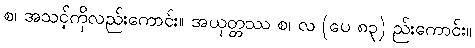
စ၊ အသင့်ကိုလည်းကောင်း။ အယုတ္တဿ စ၊ လ (ပေ ၈၃) ည်းကောင်း။